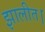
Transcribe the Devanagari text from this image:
झालीत।